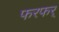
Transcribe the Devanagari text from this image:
फरफर्